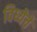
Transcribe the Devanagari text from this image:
विध्येचे